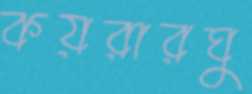
কয়রারঘু